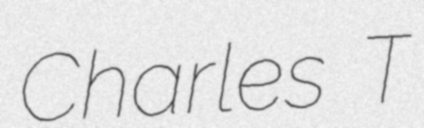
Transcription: Charles T